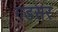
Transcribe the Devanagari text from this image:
गडसर